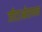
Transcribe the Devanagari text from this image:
जीटाओरायन